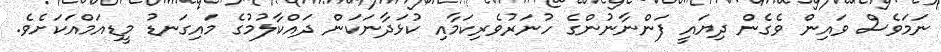
ނަމަވެސް ވައިން ވެގެން ދިޔައީ ފަންނާނުންގެ ހުނަރުވެރިކަމާއި ކުޅަދާނަކަން ދައްކާލުމުގެ މައިގަނޑު މީޑިއަމްއަކަށެވެ.